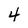
Character: 4